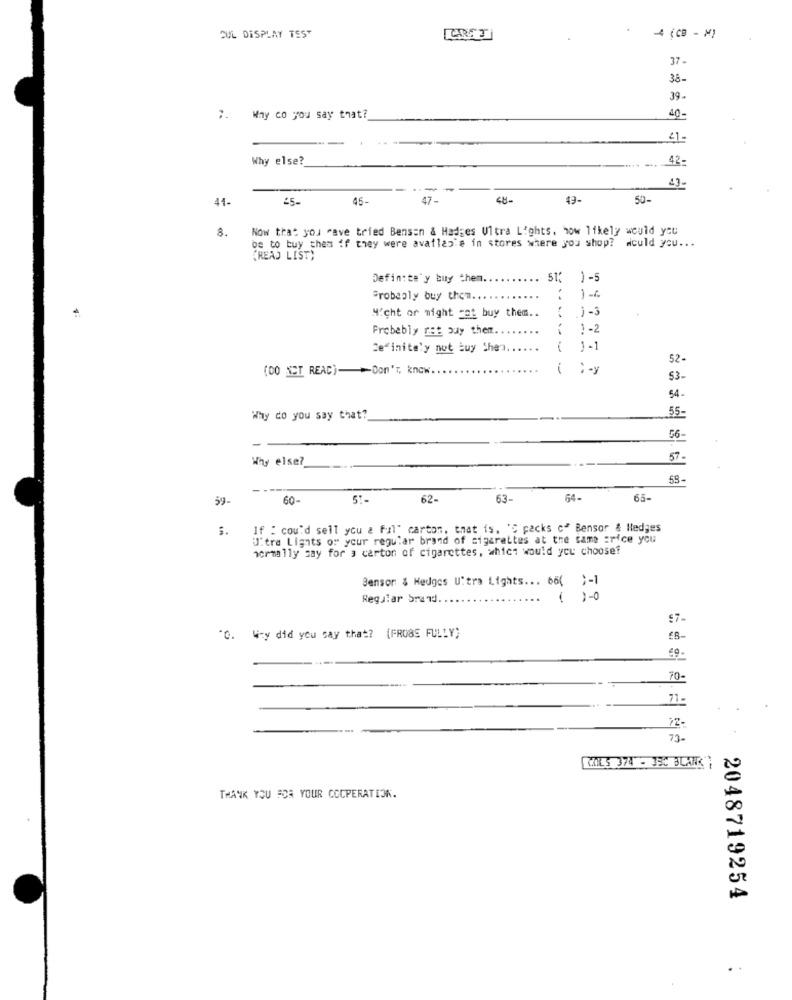
CUL DISPLAY TEST
4 (CB - M)
37
38-
39-
7. Way co you say that?
40-
41-
Why else?
42-
43.
41-
25-
45-
47-
49-
50-
8.
Now that you "ave tried Benson & Hadges Ultra Lights, how likely would you
be to buy them if they were available in stores where you shop? would you ...
[READ LIST)
Definitely buy chem ...
.. 51:
)-5
Probably buy them ...
...
1 -6
1-3
4'cht or might cat buy them ..
Probably ret buy them.
...
1-2
Definitely not buy She
...
1-1
52
(00 Ser REAC)- - Don't know.
...
53-
54-
Why do you say that?
55-
56-
Why else?
57
53-
59-
60-
62-
63-
64-
65-
3.
If : could sell you & fil' carton, that is. 'S packs c" Bensor & Hedges
Uitre Lights or your regular brand of cigarettes at the same price you
normally say for a carton of cigarettes, which would you choosef
Benson & Hedges Ultra Lights ... 66( )-1
Regular Srand.
...
( )-0
"O. Wzy did you say that? (FROBE FULLY)
EB-
70-
71-
22-
73.
MAILS 374 - 35C BLANK
THANK YOU FOR YOUR COOPERATION.
2048719254
.